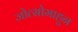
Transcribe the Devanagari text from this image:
जोत्सोमाहून